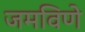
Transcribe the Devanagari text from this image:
जमविणे